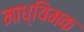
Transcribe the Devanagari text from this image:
माध्यिमक